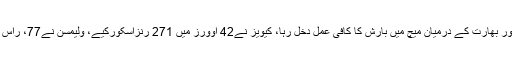
ہیملٹن میں نیوزی لینڈ اور بھارت کے درمیان میچ میں بارش کا کافی عمل دخل رہا، کیویز نے42 اوورز میں 271 رنزاسکورکیے، ولیمسن نے77، راس ٹیلر نے57 رنزبنائے۔